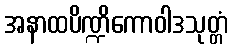
အနာထပိဏ္ဍိကောဝါဒသုတ္တံ